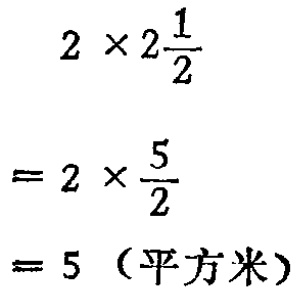
\[

\begin{align*}

&2\times2\frac{1}{2}\\

=&2\times\frac{5}{2}\\

=&5 \text{（平方米）}

\end{align*}

\]